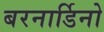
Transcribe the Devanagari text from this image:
बरनार्डिनो